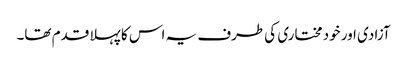
آزادی اور خود مختاری کی طرف یہ اس کا پہلا قدم تھا۔